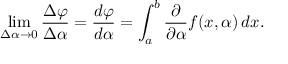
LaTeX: \operatorname* { l i m } _ { { \Delta \alpha } \rightarrow 0 } { \frac { \Delta \varphi } { \Delta \alpha } } = { \frac { d \varphi } { d \alpha } } = \int _ { a } ^ { b } { \frac { \partial } { \partial \alpha } } f ( x , \alpha ) \, d x .